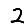
Digit: 2